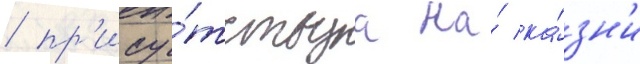
/ пр'ису́тствуа на́ ка́зн'и